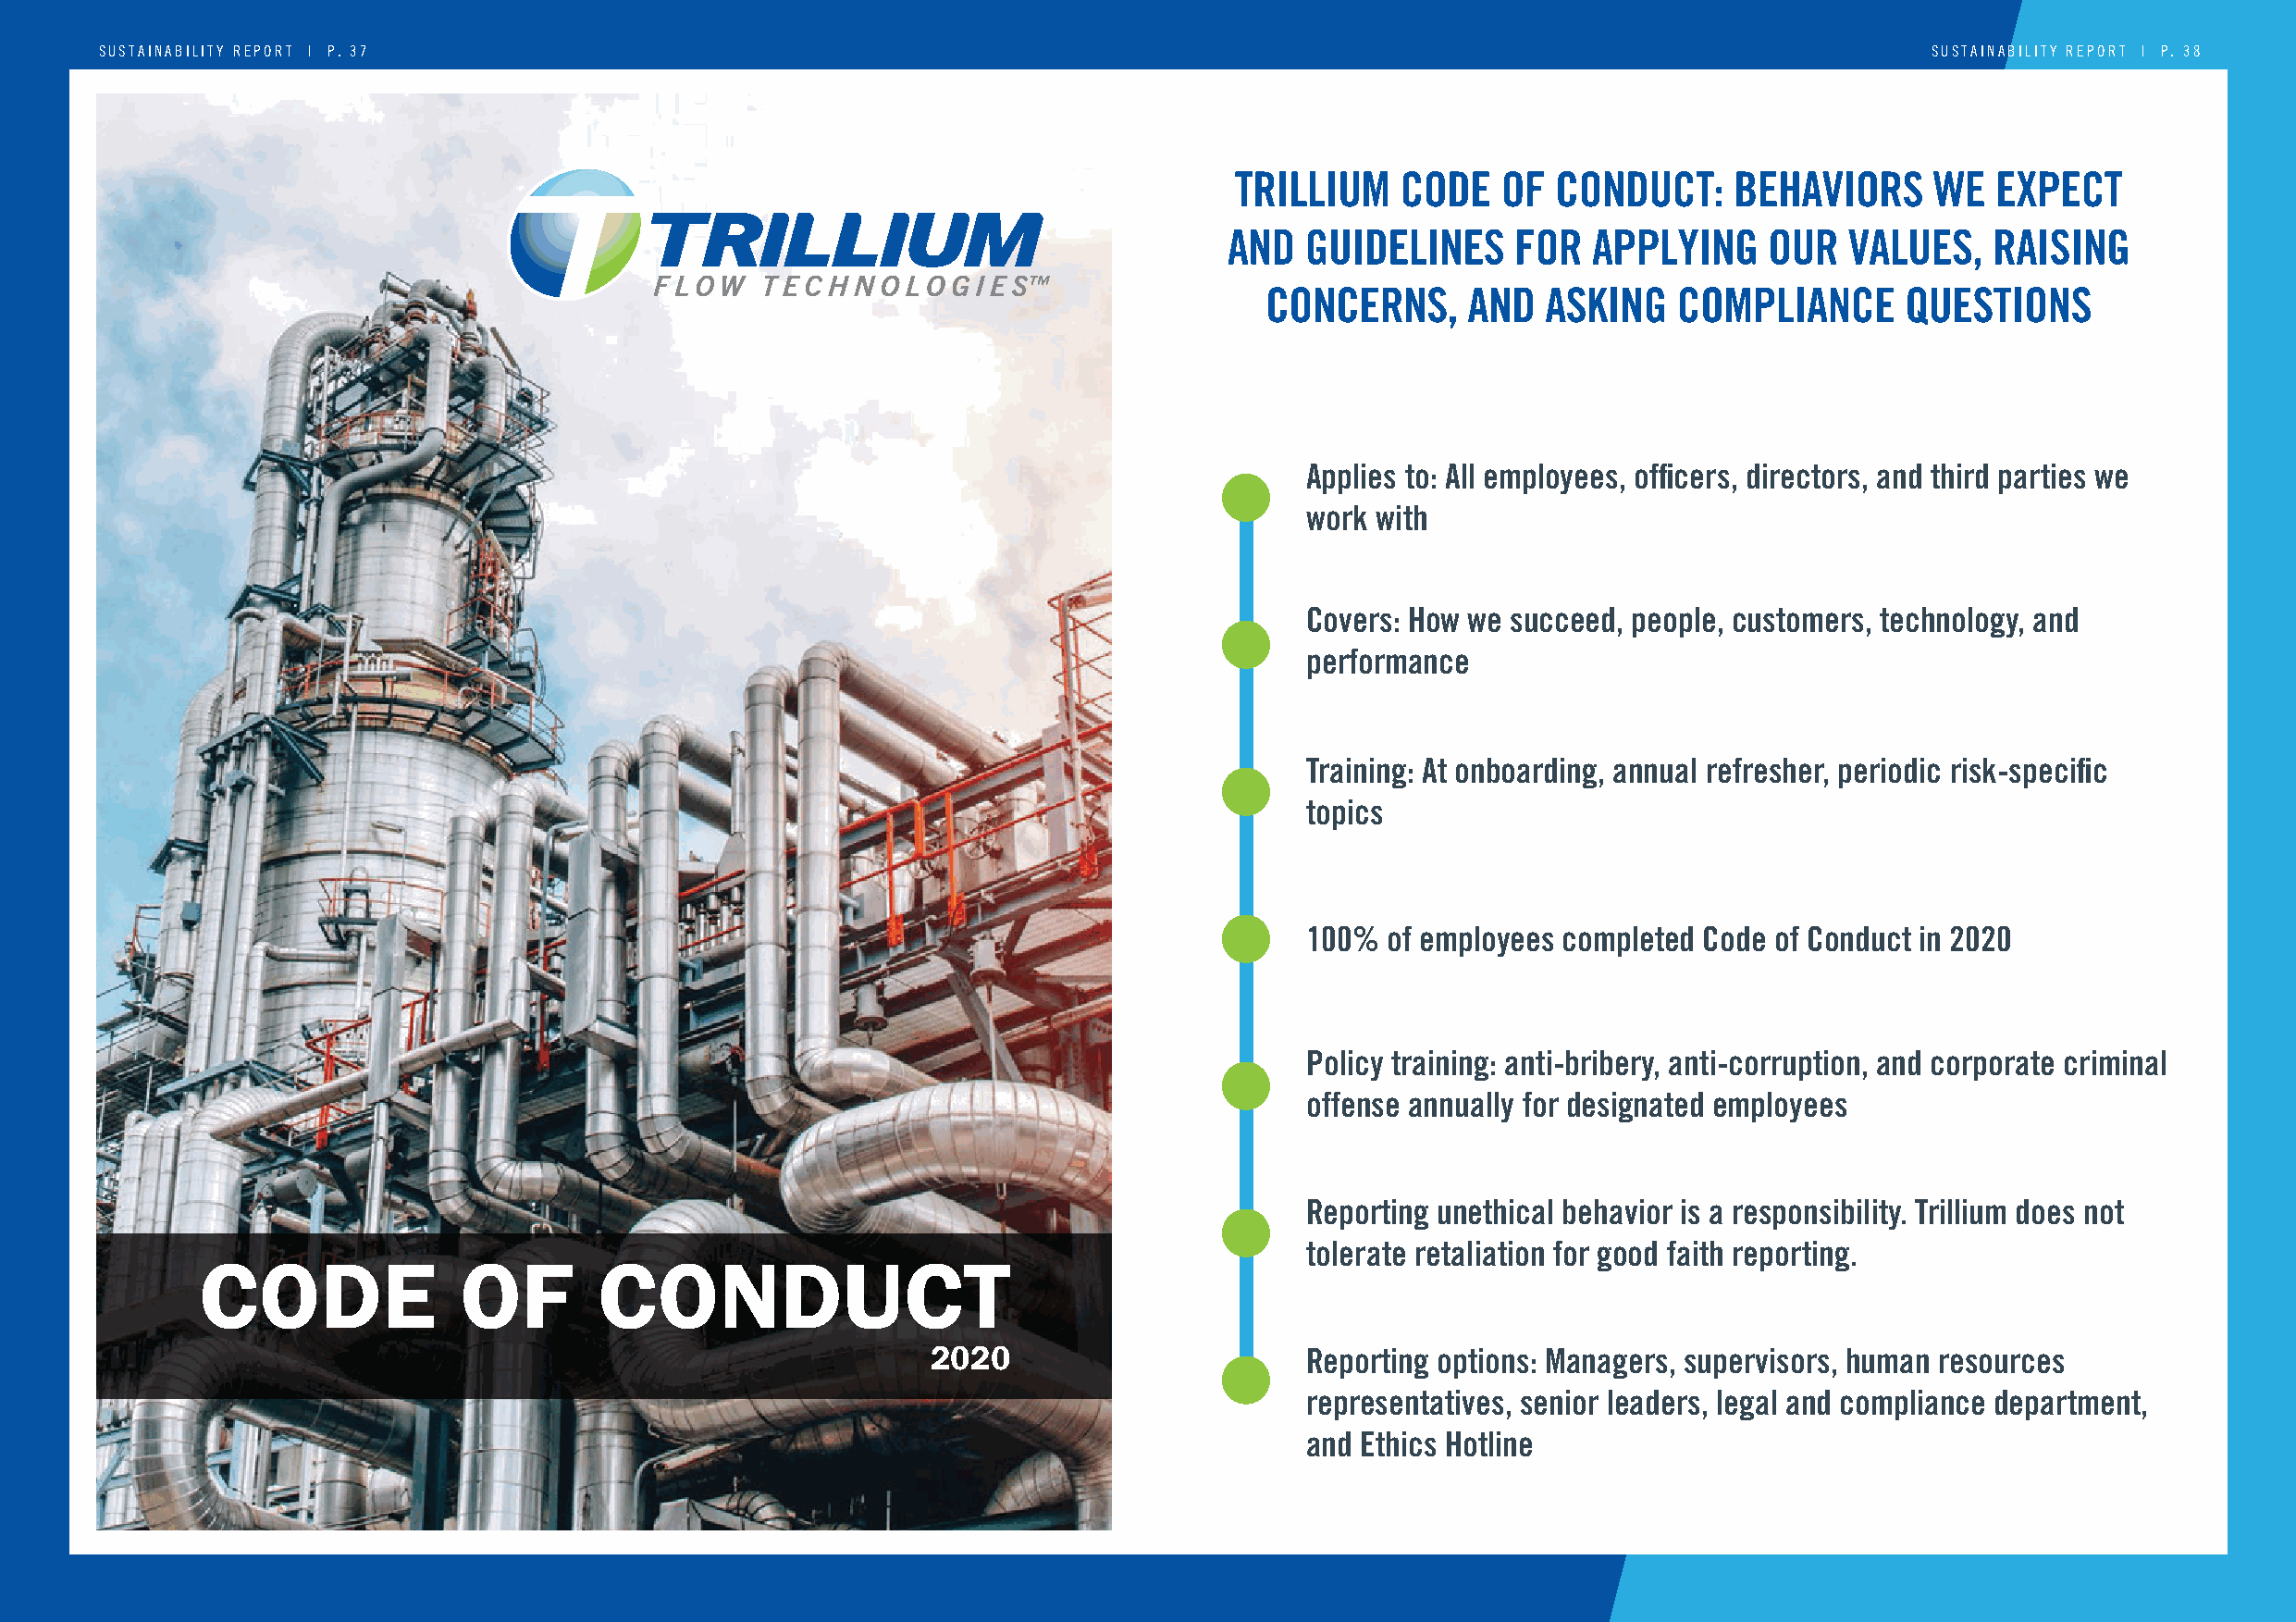
SUSTAINABILITY REPORT | P . 37                                                                                                     SUSTAINABILITY REPORT | P. 38
 Praesentiodo neque. Nam vitae leo
 TRILLIUM    CODE   OF  CONDUCT:     BEHAVIORS     WE   EXPECT
 AND  GUIDELINES     FOR   APPLYING    OUR   VALUES,    RAISING
 CONCERNS,     AND   ASKING   COMPLIANCE      QUESTIONS
 Applies to: All employees, officers, directors, and third parties we
 work with
 Covers: How we succeed, people, customers, technology, and
 performance
 Training: At onboarding, annual refresher, periodic risk-specific
 topics
 100%  of employees completed Code of Conduct in 2020
 Policy training: anti-bribery, anti-corruption, and corporate criminal
 offense annually for designated employees
 Reporting unethical behavior is a responsibility. Trillium does not
 tolerate retaliation for good faith reporting.
 CODE               OF        CONDUCT
 2020                      Reporting options: Managers, supervisors, human resources
 representatives, senior leaders, legal and compliance department,
 and Ethics Hotline